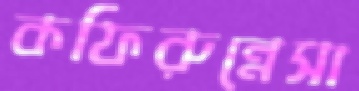
কফিরুন্নেসা